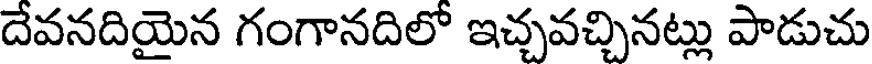
దేవనదియైన గంగానదిలో ఇచ్చవచ్చినట్లు పాడుచు